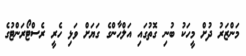
މަންޒަރު ދުށް މީހަކު ބުނި ގޮތުގައި އަލްހާންގެ ގަޔަށް ވަޅި ހެރީ ރެސްޓޯރަންޓުގެ